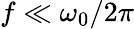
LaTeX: f\ll\omega_{0}/2\pi